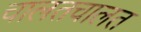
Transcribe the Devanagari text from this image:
चालतचालत